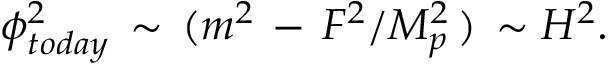
\phi _ { t o d a y } ^ { 2 } \, \sim \, ( m ^ { 2 } \, - \, F ^ { 2 } / M _ { p } ^ { 2 } \, ) \, \sim H ^ { 2 } .